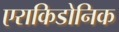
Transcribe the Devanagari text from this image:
एराकिडोनिक